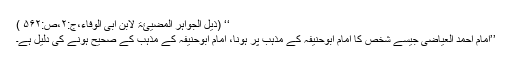
‘‘ (ذیل الجواہر المضیئۃ لابن ابی الوفاء،ج:۲،ص:۵۶۲ )
’’امام احمد العیاضیؒ جیسے شخص کا امام ابوحنیفہؒ کے مذہب پر ہونا، امام ابوحنیفہؒ کے مذہب کے صحیح ہونے کی دلیل ہے۔